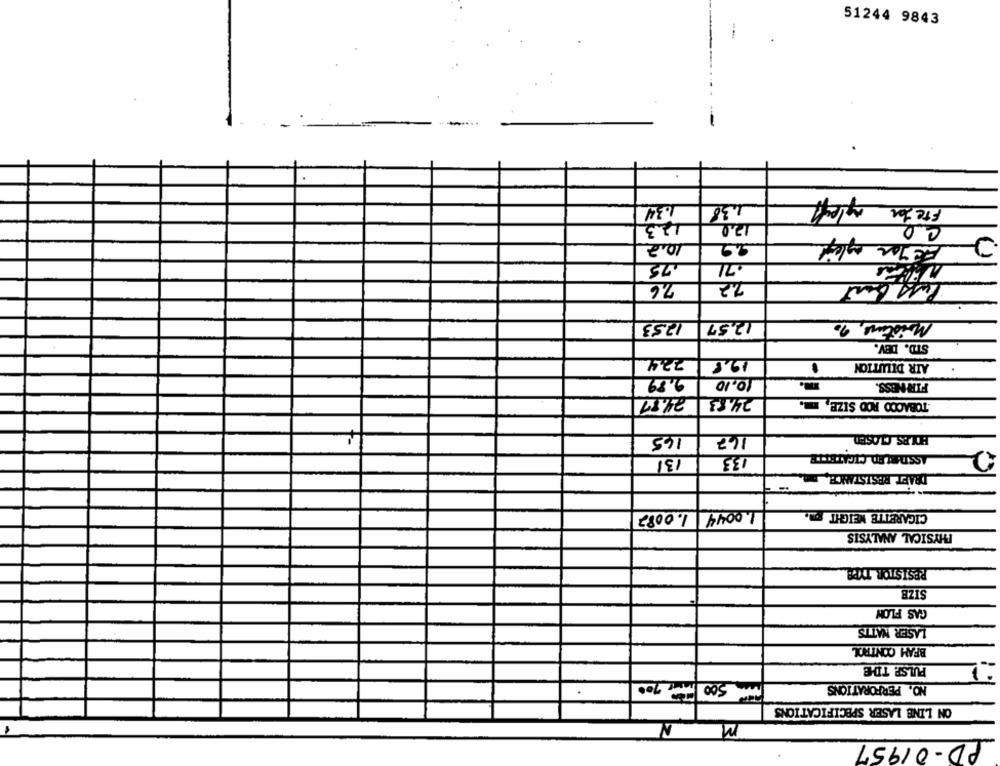
51244 9843
1.34
1.38
FreJan
12.0
12.3
ce
2
10.2
75
7.2
Luff bart
76
12,57
Moistions, 90
1253
STD. DEV.
19.8
.
AIR DILUTION
9.89
10.10
FIRMESS.
TOBACCO ROD SIZE, .
24.51
24.83
167
BOLES CLOSED
165
ASSTELED CICATETTE
131
133
DRAET RESISTANCE
1.0044
CIGARETTE WEIGHT gm.
1.0082
PHYSICAL ANALYSIS
RESISTOR TYPE
SIZB
GAS FLON
LASER NATTS
BFAM CONTROL
PULSP. TD-E
500 mm 700
NO. PERFORATIONS
ON LINE LASER SPECIFICATIONS
N
M
PD-01957